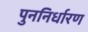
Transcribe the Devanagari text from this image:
पुननिर्धारण